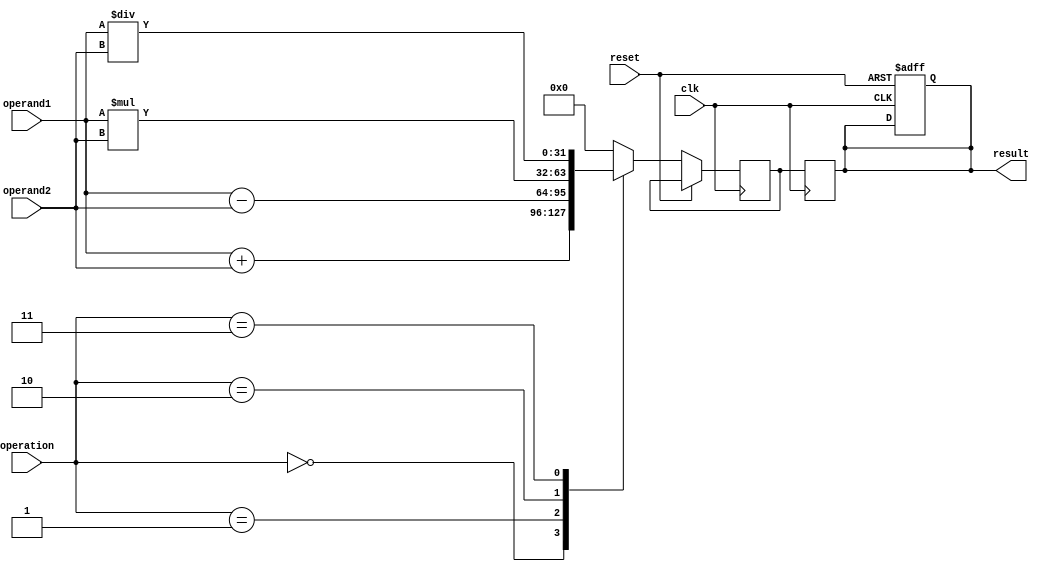
module FloatingPointALU (
    input clk,
    input reset,
    input [31:0] operand1,
    input [31:0] operand2,
    input [2:0] operation,
    output reg [31:0] result
);

reg [31:0] output_reg;

always @(posedge clk or posedge reset) begin
    if (reset) begin
        result <= 32'h0;
    end else begin
        case(operation)
            3'b000: output_reg <= operand1 + operand2; // Addition
            3'b001: output_reg <= operand1 - operand2; // Subtraction
            3'b010: output_reg <= operand1 * operand2; // Multiplication
            3'b011: output_reg <= operand1 / operand2; // Division
            default: output_reg <= 32'h0;
        endcase
    end
end

always @(posedge clk) begin
    result <= output_reg;
end

endmodule